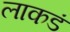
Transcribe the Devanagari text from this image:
लाकडं